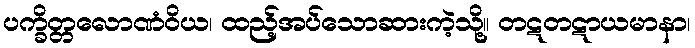
ပက္ခိတ္တလောဏံဝိယ၊ ထည့်အပ်သောဆားကဲ့သို့။ တဋတဋာယမာနာ၊